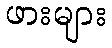
ဖားများ